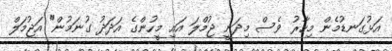
އަޅުގަނޑުމެން މިހާރު ވެސް މިދަނީ ޖުމްލަ އައި މީހުންގެ އަދަދު ގުނަމުން" އަޖުމަލް